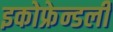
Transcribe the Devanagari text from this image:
इकोफ्रेन्डली